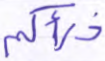
ذرأكم